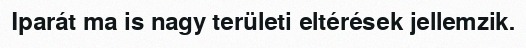
Iparát ma is nagy területi eltérések jellemzik.